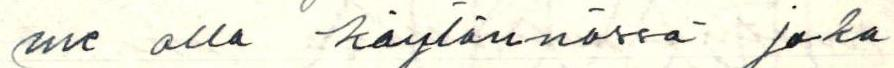
me olla käytännössä joka